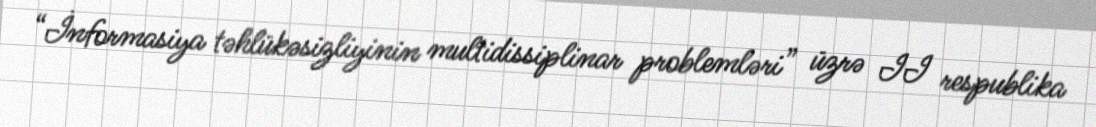
“İnformasiya təhlükəsizliyinin multidissiplinar problemləri” üzrə II respublika